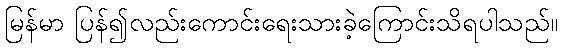
မြန်မာ ပြန်၍လည်းကောင်းရေးသားခဲ့ကြောင်းသိရပါသည်။